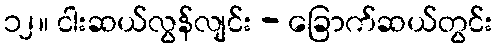
၁၂။ ငါးဆယ်လွန်လျင်း - ခြောက်ဆယ်တွင်း